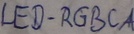
Text: LED-RGBCA